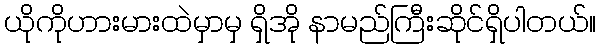
ယိုကိုဟားမားထဲမှာမှ ရှိအို နာမည်ကြီးဆိုင်ရှိပါတယ်။